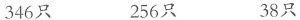
346只 256只 38只